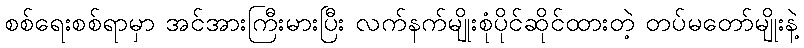
စစ်ရေးစစ်ရာမှာ အင်အားကြီးမားပြီး လက်နက်မျိုးစုံပိုင်ဆိုင်ထားတဲ့ တပ်မတော်မျိုးနဲ့